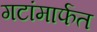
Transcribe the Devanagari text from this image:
गटांमार्फत